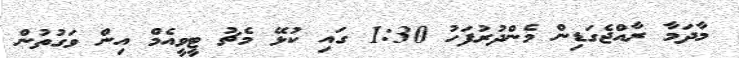
މާދަމާ ރާއްޖެގަޑިން މެންދުރުފަހު 1:30 ގައި ކުޅޭ މެޗު ޓީވީއެމް އިން ވަގުތުން